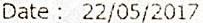
DATE : 22/05/2017